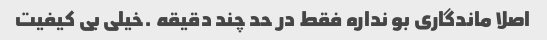
اصلا ماندگاری بو نداره فقط در حد چند دقیقه ‌.خیلی بی کیفیت